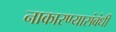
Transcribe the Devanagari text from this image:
नाकारण्यासंबंधी